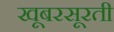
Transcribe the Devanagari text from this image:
खूबरसूरती